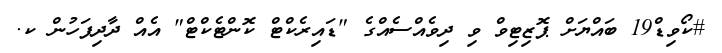
#ކޯވިޑް19 ބައްޔަށް ޕޮޒިޓިވް ވި ދިވެއްސެއްގެ "ޑައިރެކްޓް ކޮންޓެކްޓް" އެއް ދާދިފަހުން ކ.